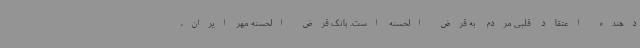
دهنده اعتقاد قلبی مردم به قرض الحسنه است. بانک قرض الحسنه مهر ایران،